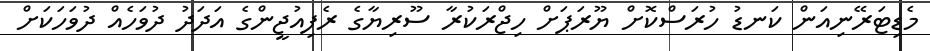
މެޑިޓަރޭނިއަން ކަނޑު ހުރަސްކޮށް ޔޫރަޕަށް ހިޖްރަކުރާ ސޫރިޔާގެ ރެފިއުޖީންގެ އަދަދު ދުވަހެއް ދުވަހަކަށް